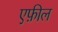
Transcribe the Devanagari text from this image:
एफ़ील